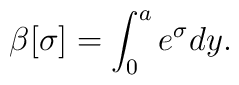
\beta[\sigma]=\int_0^ae^\sigma dy.